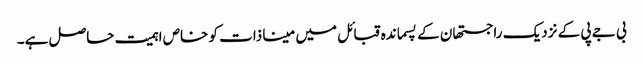
بی جے پی کے نزدیک راجستھان کے پسماندہ قبائل میں مینا ذات کو خاص اہمیت حاصل ہے۔